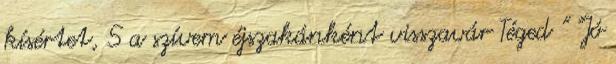
kísértet, S a szívem éjszakánként visszavár Téged " "Jó